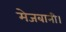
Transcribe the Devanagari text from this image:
मेजबानी।